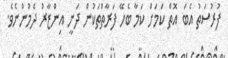
ފުރުސަތު އެބަ އޮތް ކަމަށް ކަމާ ބެހޭ ފަރާތްތަކުން ދަނީ އިންޒާރު ދެމުންނެވެ.